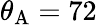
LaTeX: \theta_{\mathrm{{A}}}=72